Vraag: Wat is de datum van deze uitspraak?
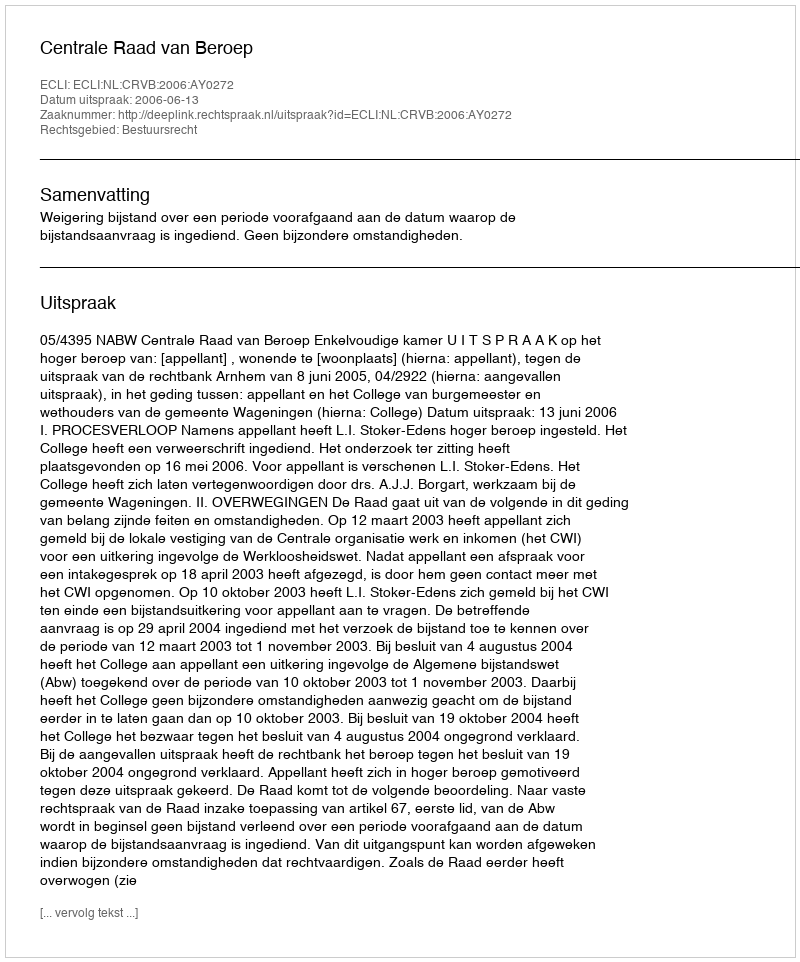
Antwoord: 2006-06-13